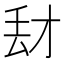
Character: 𰀑